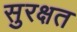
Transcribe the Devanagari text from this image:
सुरक्षत